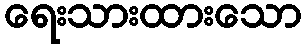
ရေးသားထားသော